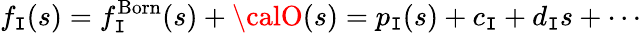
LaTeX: f_{\mathtt{I}}(s)=f_{\mathtt{I}}^{\mathrm{{Born}}}(s)+{\calO}(s)=p_{\mathtt{I}}(s)+c_{\mathtt{I}}+d_{\mathtt{I}}s+\cdots